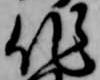
作